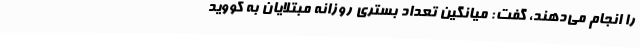
را انجام می‌دهند، گفت: میانگین تعداد بستری روزانه مبتلایان به کووید